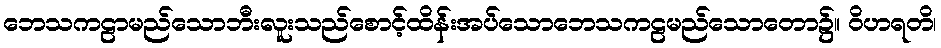
ဘေသကဠာမည်သောဘီးလူးသည်စောင့်ထိန်းအပ်သောဘေသကဠမည်သောတော၌။ ဝိဟရတိ၊